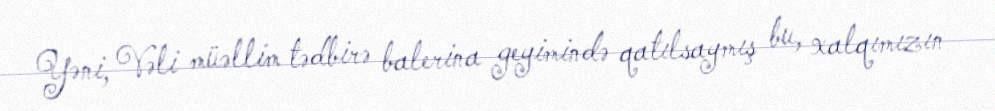
Yəni, Vəli müəllim tədbirə balerina geyimində qatılsaymış bu, xalqımızın